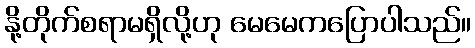
နို့တိုက်စရာမရှိလို့ဟု မေမေကပြောပါသည်။